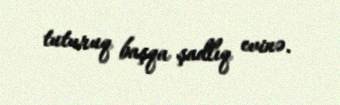
tuturuq başqa şadlıq evinə.